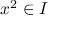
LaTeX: x ^ { 2 } \in I